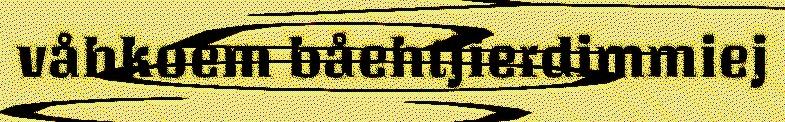
våhkoem båehtjierdimmiej